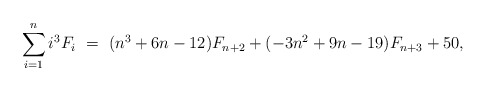
\begin{align*}\sum_{i=1}^n i^3 F_i \ = \ (n^3 + 6n - 12)F_{n+2} + (-3n^2 + 9n - 19)F_{n+3} + 50,\end{align*}